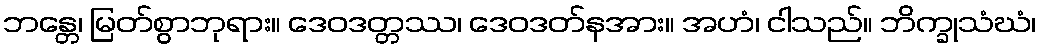
ဘန္တေ၊ မြတ်စွာဘုရား။ ဒေဝဒတ္တဿ၊ ဒေဝဒတ်နအား။ အဟံ၊ ငါသည်။ ဘိက္ခုသံဃံ၊